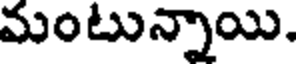
మంటున్నాయి.